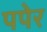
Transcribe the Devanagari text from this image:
पपेर